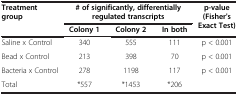
| <ROWSPAN=2> Treatment group | <COLSPAN=3> # of significantly, differentially regulated transcripts | <ROWSPAN=2> p-value (Fisher's Exact Test) |
 | Colony 1 | Colony 2 | In both |
 | --- | --- | --- | --- | --- |
 | Saline x Control | 340 | 555 | 111 | p < 0.001 |
 | Bead x Control | 213 | 398 | 70 | p < 0.001 |
 | Bacteria x Control | 278 | 1198 | 117 | p < 0.001 |
 | Total | *557 | *1453 | *206 |  |